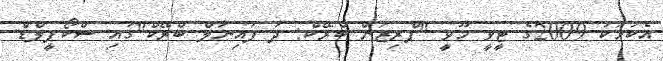
އެކަމަކު 2009ގެ ޓީވީ މޫވީ "ޕްރިޒަން ބްރޭކް: ދަ ފައިނަލް ބްރޭކް"ގައި ސްކޯފީލްޑް